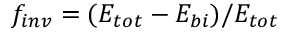
f _ { i n v } = ( E _ { t o t } - E _ { b i } ) / E _ { t o t }